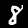
Digit: 8